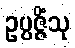
ဥပ္ပဇ္ဇိံသု